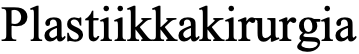
Plastiikkakirurgia